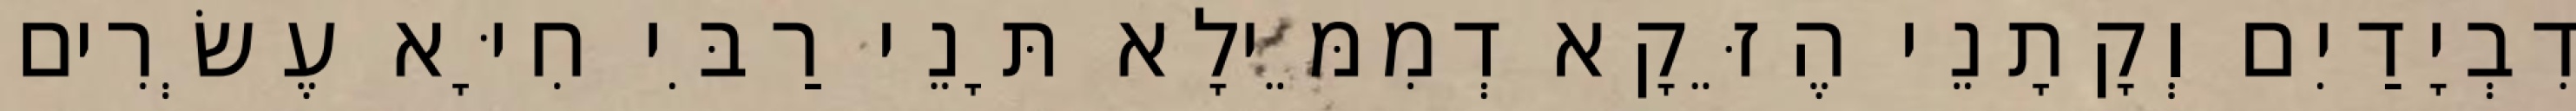
דִבְיָדַיִם וְקָתָנֵי הֶזֵּקָא דְמִמֵּילָא תָּנֵי רַבִּי חִיָּא עֶשְׂרִים